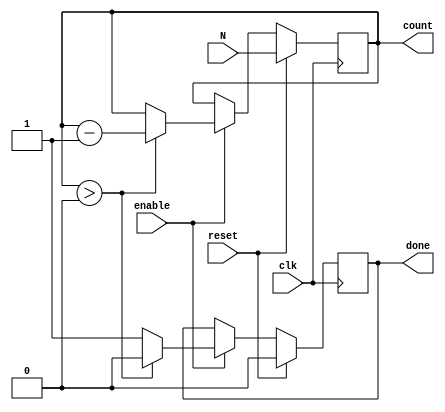
module down_counter (
    input wire clk,          // Clock signal
    input wire reset,        // Synchronous reset signal
    input wire enable,       // Enable signal for counting
    input wire [7:0] N,      // Initial value for the counter (8-bit for example)
    output reg [7:0] count,   // Current count value (8-bit)
    output reg done          // Signal indicating the counter has reached zero
);

    // Internal register to hold the initial count value
    reg [7:0] initial_value;

    // Always block triggered on the rising edge of the clock
    always @(posedge clk) begin
        if (reset) begin
            // Load the initial value into the count register
            initial_value <= N;
            count <= N;
            done <= 1'b0; // Reset done signal
        end else if (enable) begin
            if (count > 0) begin
                // Decrement the count if it's greater than zero
                count <= count - 1;
                done <= 1'b0; // Not done yet
            end else begin
                // If count reaches zero, assert done signal
                done <= 1'b1;
            end
        end
    end

    // Initial block to set the count and done signal at the start
    initial begin
        count = 8'b0; // Initialize count to 0
        done = 1'b0;  // Initialize done signal to 0
    end

endmodule